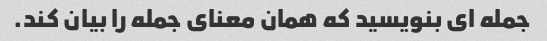
جمله ای بنویسید که همان معنای جمله را بیان کند.